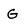
Character: G